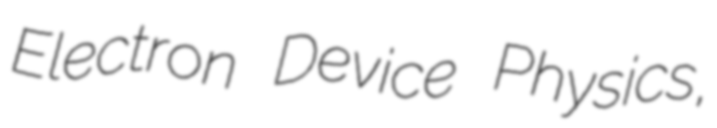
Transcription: Electron Device Physics,